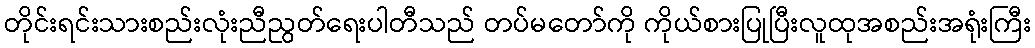
တိုင်းရင်းသားစည်းလုံးညီညွတ်ရေးပါတီသည် တပ်မတော်ကို ကိုယ်စားပြုပြီးလူထုအစည်းအရုံးကြီး